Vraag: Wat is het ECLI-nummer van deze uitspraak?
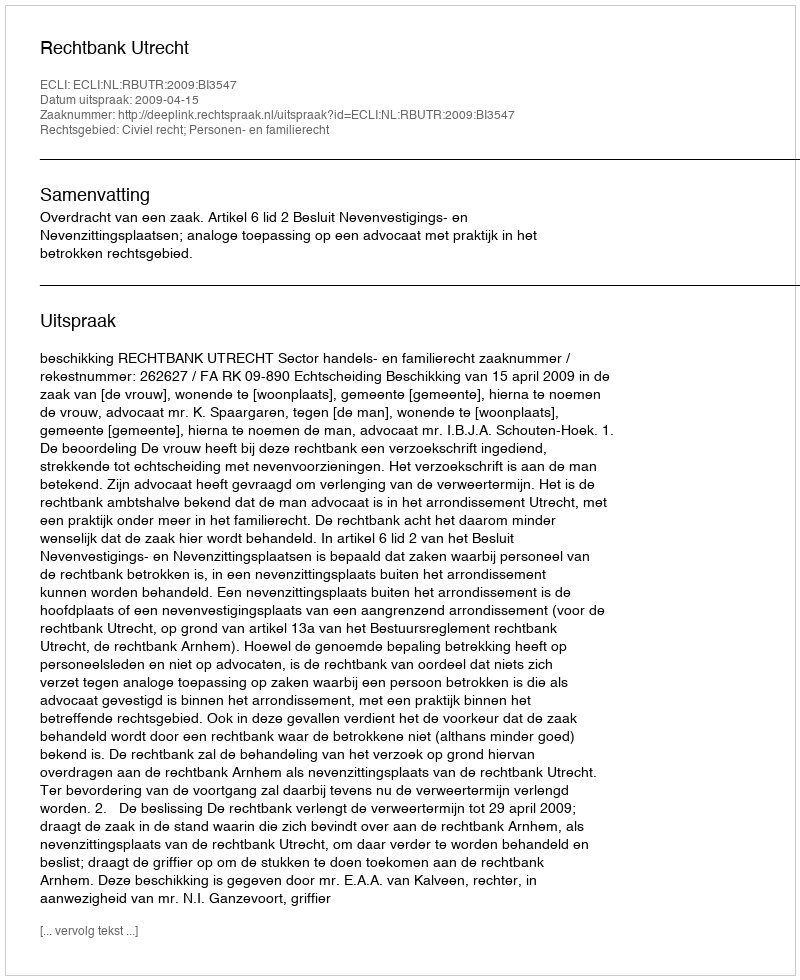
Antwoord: ECLI:NL:RBUTR:2009:BI3547